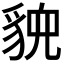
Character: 𬥉